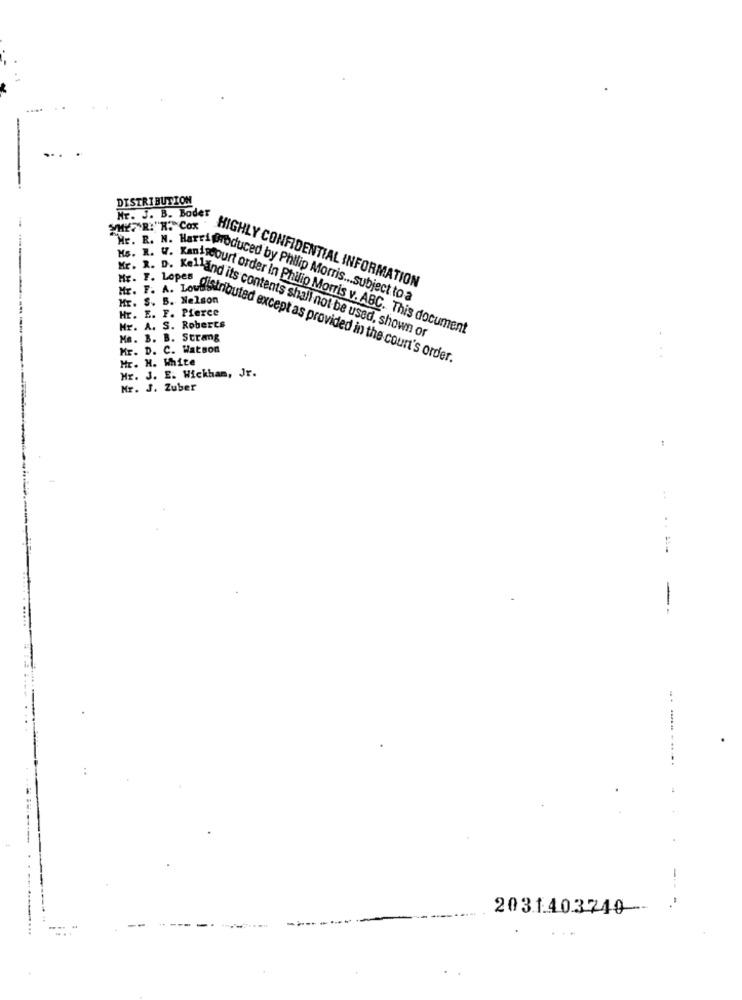
....
DISTRIBUTION
Mr. J. B. Boder
Mr. F. A. Lowbise
HIGHLY CONFIDENTIAL INFORMATION
Mr. S. B. Nelson
WE. R. N. Harrishoduced by Philip Morris ... subject to a
Hr. E. F. Pierce
---
Hr. A. S. Roberts
we. R. D. Kethand its contents shall not be used, shown or
Me. B. B. Strang
4 . W. Kanncourt order in Philip Morris v. ABC. This document
Mr. D. C. Watson
Hr. H. White
1. LoPsinbuted except as provided in the court's order.
Mr. J. E. Wickham, Jr.
Mr. J. Zuber
--
2031403210-